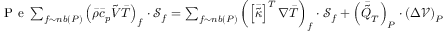
\begin{array} { r } { \mathrm { ~ P ~ e ~ } \sum _ { f \sim n b ( P ) } \left( \Bar { \rho } \Bar { c } _ { p } \boldsymbol { \Tilde { V } } \Bar { T } \right) _ { f } \cdot \boldsymbol { \mathcal { S } } _ { f } = \sum _ { f \sim n b ( P ) } \left( \left[ \boldsymbol { \Bar { \Tilde { \kappa } } } \right] ^ { T } \boldsymbol { \nabla } \Bar { T } \right) _ { f } \cdot \boldsymbol { \mathcal { S } } _ { f } + \left( \Bar { \Tilde { Q } } _ { T } \right) _ { P } \cdot \left( \Delta \mathcal { V } \right) _ { P } , } \end{array}